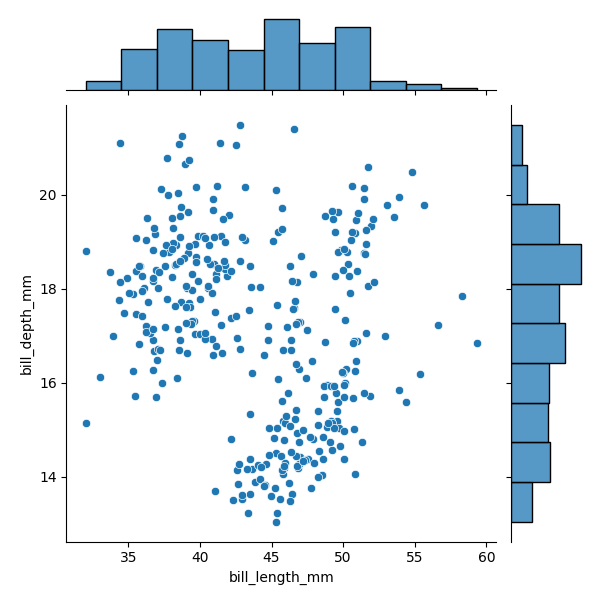
python, seaborn, JointGrid, scatterplot, histplot